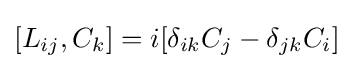
[L_{ij},C_{k}]=i[\delta _{ik}C_{j}-\delta _{jk}C_{i}]